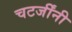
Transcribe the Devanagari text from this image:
चटर्जींनी